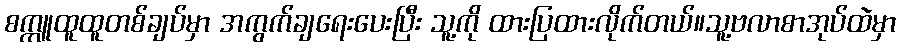
စက္ကူထူထူတစ်ချပ်မှာ အကွက်ချရေးပေးပြီး သူ့ကို ထားပြထားလိုက်တယ်။သူ့ဗလာစာအုပ်ထဲမှာ